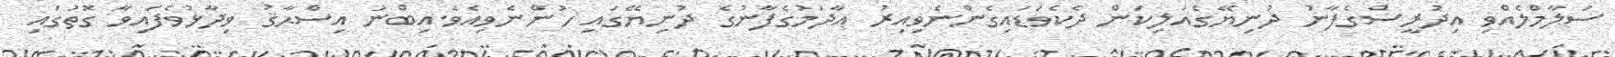
ސަލާމްލެއްވި އިދުރީސްގެފާނު ދުނިޔޭގެއަލިކަން ދެކެވަޑައިގެންނެވިއިރު އާދަމުގެފާނުގެ ދުނިޔޭގައި ހުންނެވިއެވެ.އިބްނު އިސްޙާޤު ވިދާޅުވެފައިވާ ގޮތުގައި